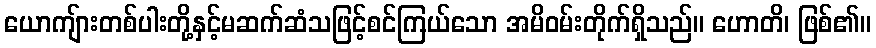
ယောကျ်ားတစ်ပါးတို့နှင့်မဆက်ဆံသဖြင့်စင်ကြယ်သော အမိဝမ်းတိုက်ရှိသည်။ ဟောတိ၊ ဖြစ်၏။